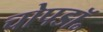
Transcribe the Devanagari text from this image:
चोपडॉ॰